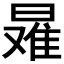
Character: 𰖠